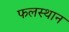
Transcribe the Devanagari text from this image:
फलस्थान